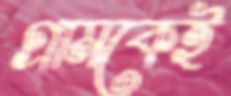
গ্রামকেই